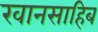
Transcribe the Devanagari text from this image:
खानसाहिब